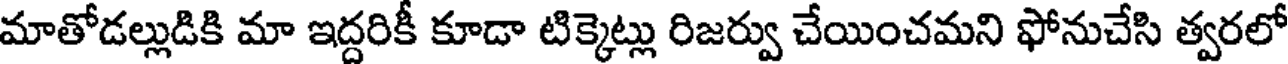
మాతోడల్లుడికి మా ఇద్దరికీ కూడా టిక్కెట్లు రిజర్వు చేయించమని ఫోనుచేసి త్వరలో